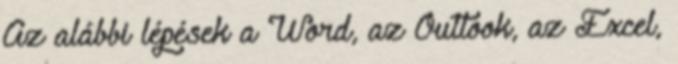
Az alábbi lépések a Word, az Outlook, az Excel,